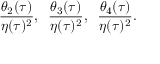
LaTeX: \frac { \theta _ { 2 } ( \tau ) } { \eta ( \tau ) ^ { 2 } } , \; \; \frac { \theta _ { 3 } ( \tau ) } { \eta ( \tau ) ^ { 2 } } , \; \; \frac { \theta _ { 4 } ( \tau ) } { \eta ( \tau ) ^ { 2 } } .